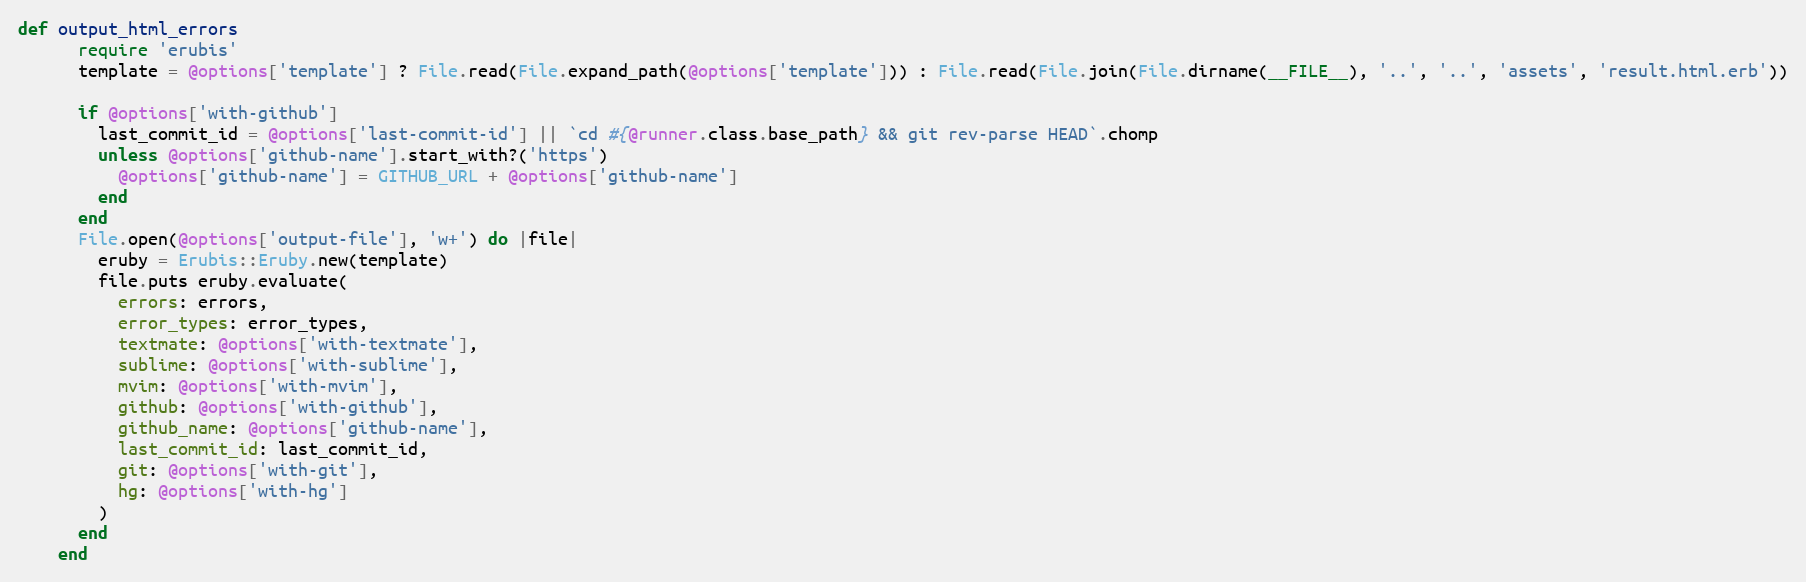
Language: Ruby
def output_html_errors
      require 'erubis'
      template = @options['template'] ? File.read(File.expand_path(@options['template'])) : File.read(File.join(File.dirname(__FILE__), '..', '..', 'assets', 'result.html.erb'))

      if @options['with-github']
        last_commit_id = @options['last-commit-id'] || `cd #{@runner.class.base_path} && git rev-parse HEAD`.chomp
        unless @options['github-name'].start_with?('https')
          @options['github-name'] = GITHUB_URL + @options['github-name']
        end
      end
      File.open(@options['output-file'], 'w+') do |file|
        eruby = Erubis::Eruby.new(template)
        file.puts eruby.evaluate(
          errors: errors,
          error_types: error_types,
          textmate: @options['with-textmate'],
          sublime: @options['with-sublime'],
          mvim: @options['with-mvim'],
          github: @options['with-github'],
          github_name: @options['github-name'],
          last_commit_id: last_commit_id,
          git: @options['with-git'],
          hg: @options['with-hg']
        )
      end
    end